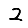
Digit: 2